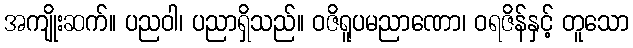
အကျိုးဆက်။ ပညဝါ၊ ပညာရှိသည်။ ဝဇိရူပမညာဏော၊ ဝရဇိန်နှင့် တူသော